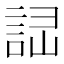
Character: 𧧱